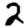
Digit: 2